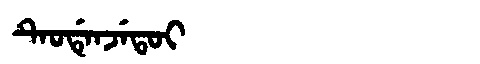
Manchu: ᡨᡝᠣᡩᡝᠨᠵᡝᡨᠣᡳ
Romanization: TEODENJETOI